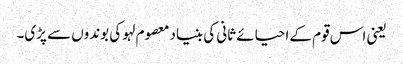
یعنی اس قوم کے احیائے ثانی کی بنیاد معصوم لہو کی بوندوں سے پڑی۔